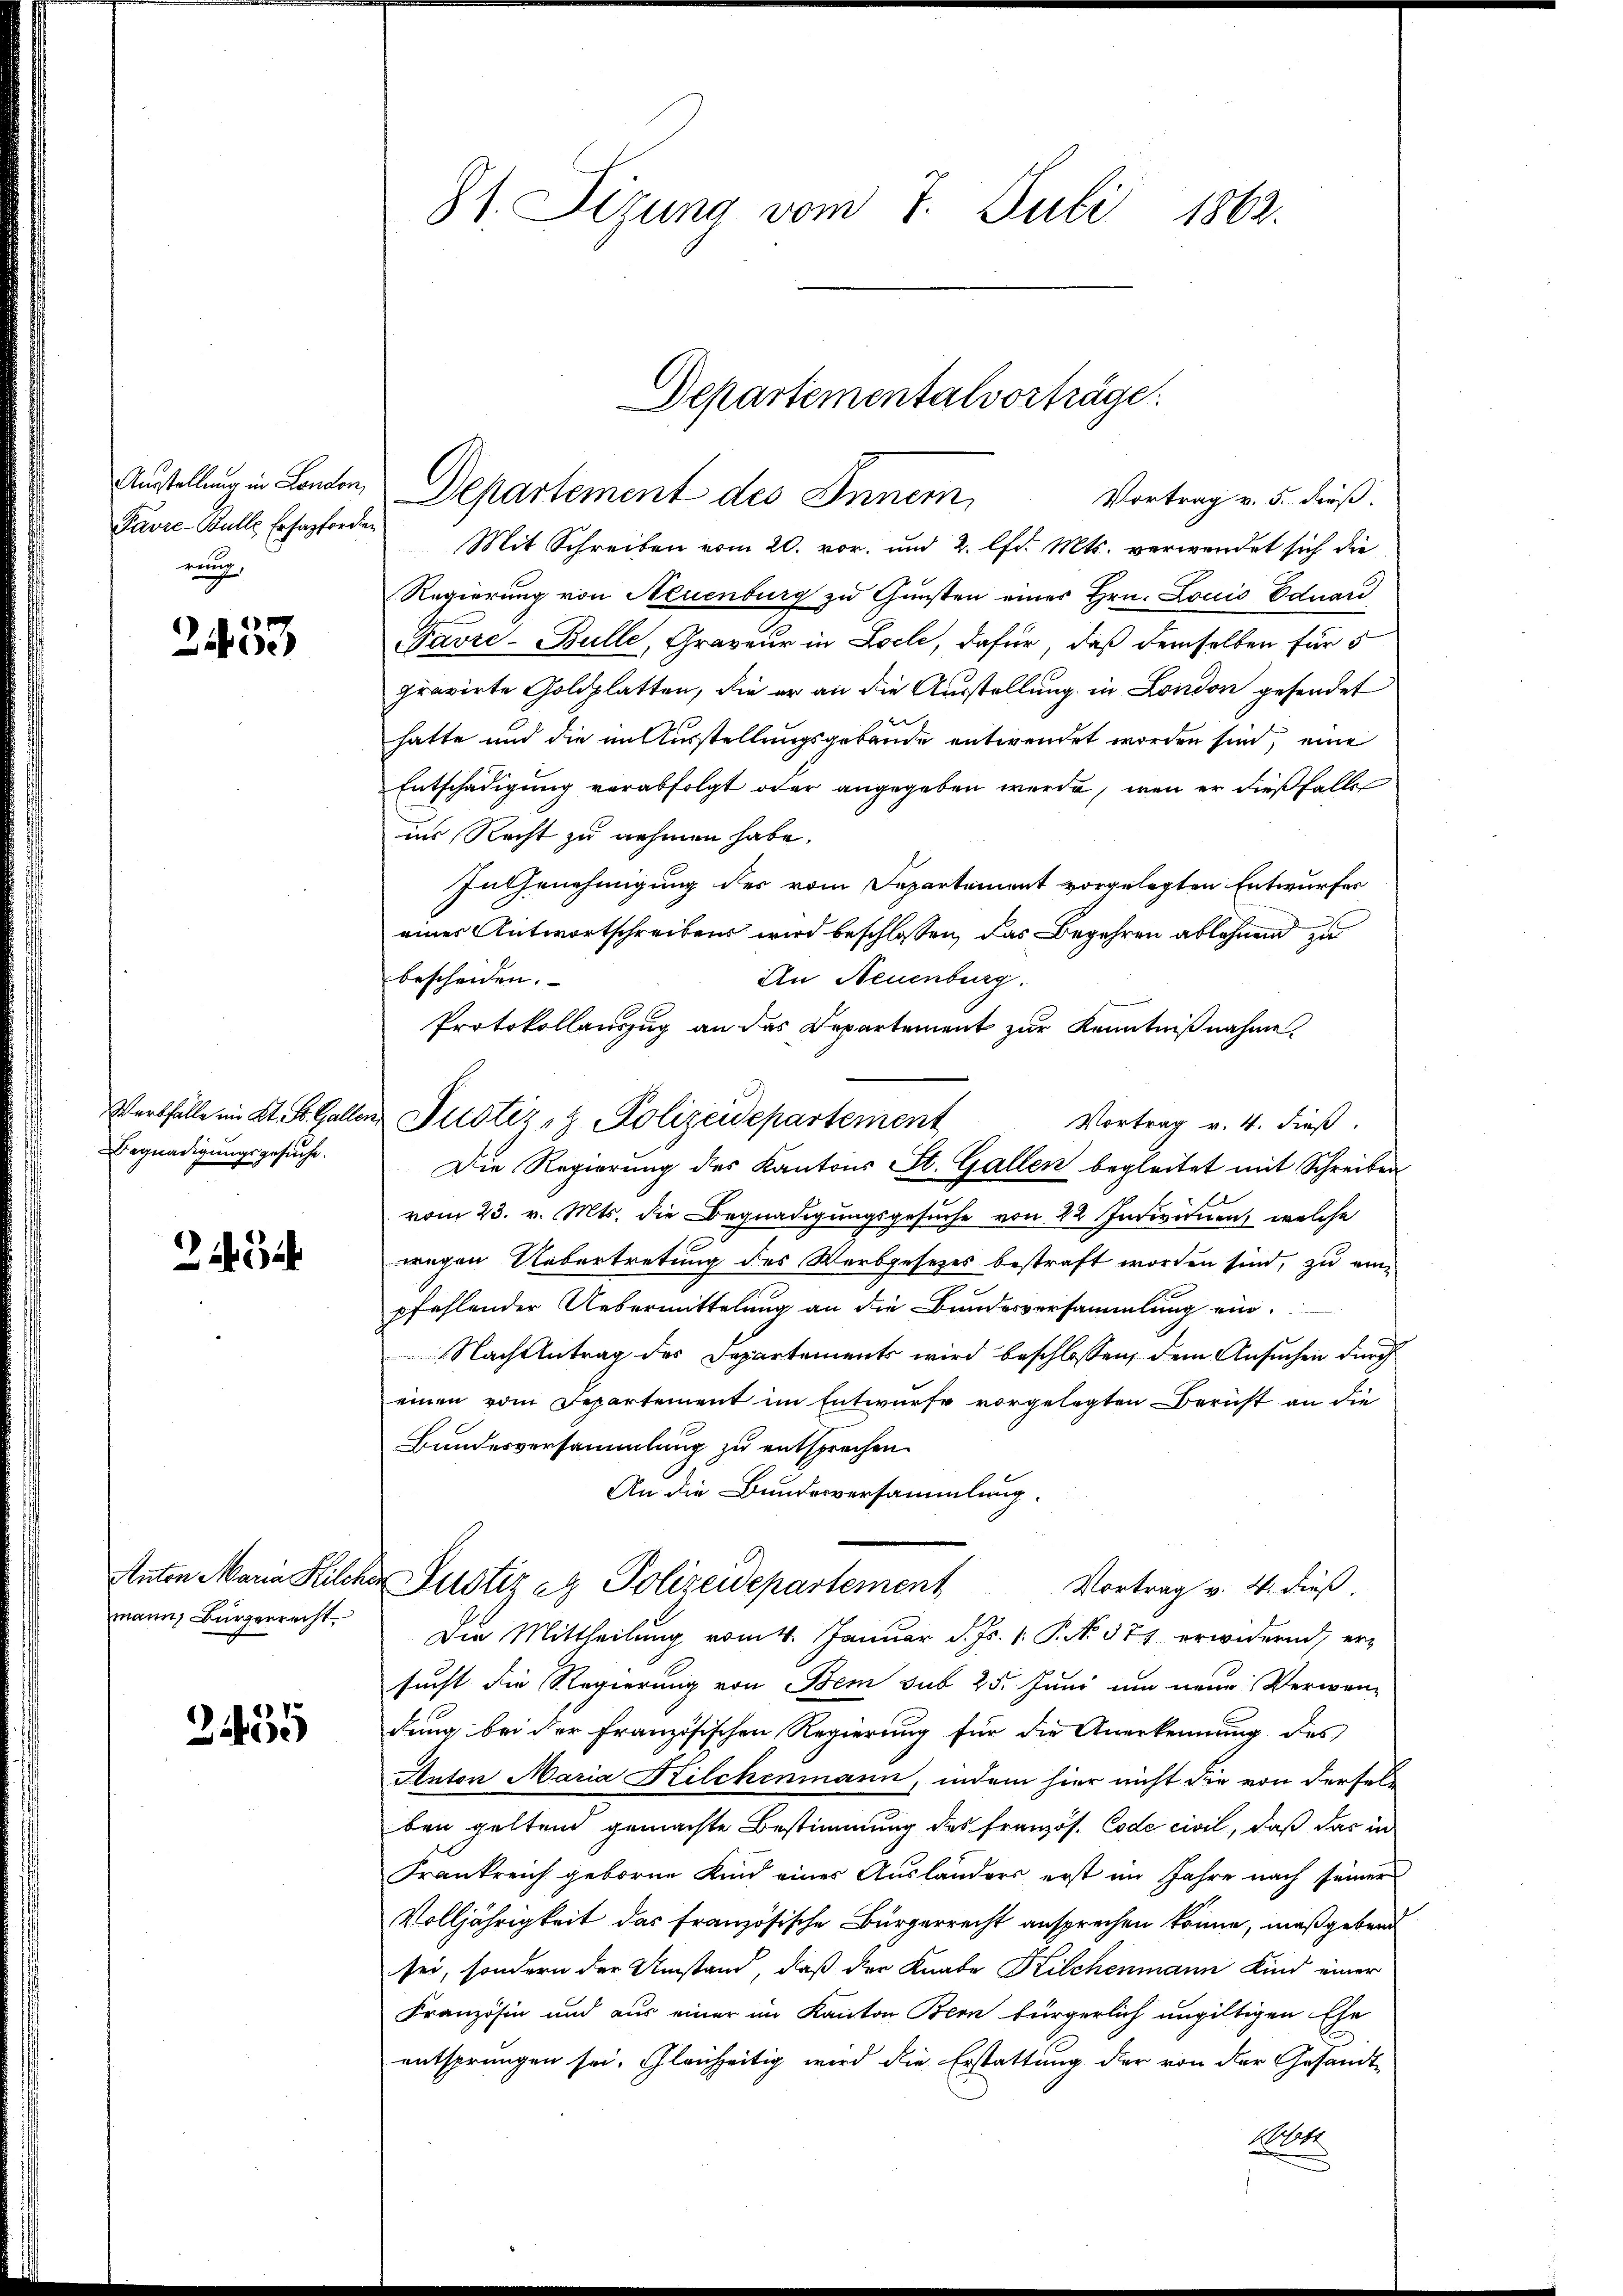
Ausstellung in Landon,
Pavre-Bulle Ersazforde
rung,

2433

Werbfälle im Kt. St. Galler
Begnadigungsgesuche.

31 Be

Anton Maria Kilos
mann Bürgerrecht.

2455

81. Sizung vom 7. Juli 1862.

Departement des Innem
Vortrag v. 5. dieß.
Mit Schreiben vom 20. vor. und 2. lfd. Mts. verwendet sich die
Regierung von Neuenburg zu Gunsten eines Hrn. Louis Eduard
Favre-Bulle, Graveur in Loele, dafür, daß demselben für 5
pravirte Goldplatten, die er an die Ausstellung in London gesendet
hatte und die im Ausstellungsgebäude entwendet worden sind, eine
Entschädigung verabfolgt oder angegeben wurde, wenn er dießfalle
ins Recht zu nehmen habe.
In Genehmigung des vom Departement vorgelegten Entwurfes
eines Antwortschreibens wird beschlossen, das Begehren ablehnend zu
An Neuenburg.
bescheiden.
Protokollauszug an das Departement zur Kenntnißnahme.
 Justiz- & Polizeidepartement
Vortrag v. 4. dieß.
Die Regierung des Kantons St. Gallen begleitet mit Schreiben
vom 23. v. Mts. die Begnadigungsgesuche von 22 Individuen, welche
wegen Uebertretung des Worbgesetzes bestraft worden sind, zu einpfehlender Uebermittelŭng an die Bŭndesversammlung ein.
Nachtentrag des Departements wird beschlossen, dem Ansuchen durch
einen vom Departement im Entwurfe vorgelegten Bericht an die
Bundesversammlung zu entsprechen.
An die Bundesversammlung.
a Justiz er Polizeidepartement
Vortrag v. 4. dieß
Die Mittheilung vom 4. Januar d. Js. 1. P. No. 377 erwidernd, ersucht die Regierung von Bem sub 25. Juni um neue Verwen-
dung bei der Französischen Regierung für die Anerkennung des
Anton Maria Kilchenmann, indem hier nicht die von dersel-
ben geltend gemachte Bestimmung des Französ. Code civil, daß das in
Frankreich geborne Kind eines Ausländers erst im Jahre nach seiner
Volljährigkeit das französische Bürgerrecht ansprechen könne, maßgebend
sei, sondern der Umstand, daß der Knabe Kilchenmann Kind einer
Französin und aus einer im Kanton Bern fürgerlich ungültigen Ehe
entsprungen sei. Gleichzeitig wird die Erstattung der von der Gesandt-
A

Departementalvorträge